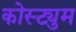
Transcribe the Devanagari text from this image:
कोस्ट्युम